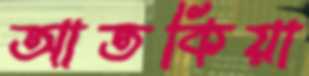
আতকিয়া